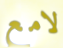
لامع